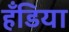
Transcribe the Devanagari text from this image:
हँडिया